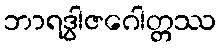
ဘာရဒွါဇဂေါတ္တဿ